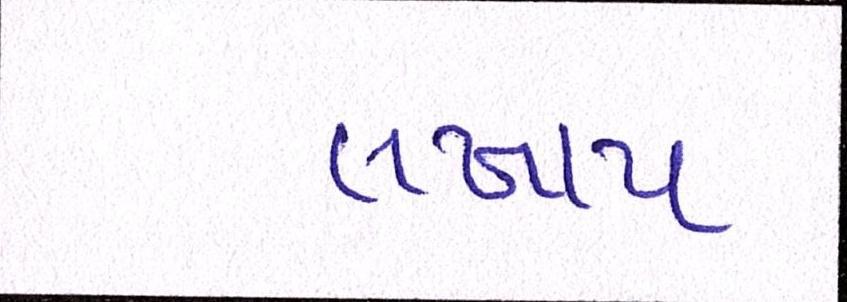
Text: લખાય